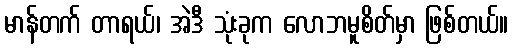
မာန်တက် တာရယ်၊ အဲဒီ သုံးခုက လောဘမူစိတ်မှာ ဖြစ်တယ်။